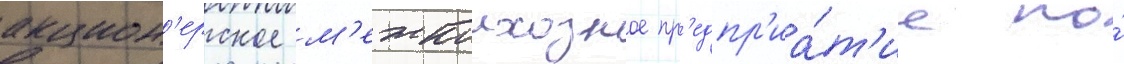
акцион'ерское м'ежколхозное пр'едпр'иа́т'ие по́